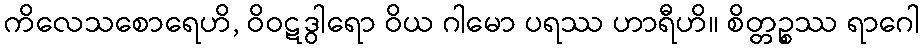
ကိလေသစောရေဟိ, ဝိဝဋဒွါရော ဝိယ ဂါမော ပရဿ ဟာရီဟိ။ စိတ္တဉ္စဿ ရာဂေါ